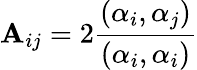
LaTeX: \mathbf{A}_{ij}=2{\frac{{\left(\alpha_{i},\alpha_{j}\right)}}{{\left(\alpha_{i},\alpha_{i}\right)}}}